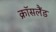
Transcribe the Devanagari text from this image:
क्रॉसलैंड